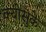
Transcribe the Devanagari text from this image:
क्योसुके